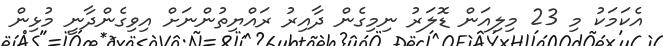
އެކަމަކު މި 23 މިލިއަން ޑޮލަރު ނިމިގެން ދާއިރު ރައްޔިތުންނަށް އިވިގެންދާނީ މުޅިން